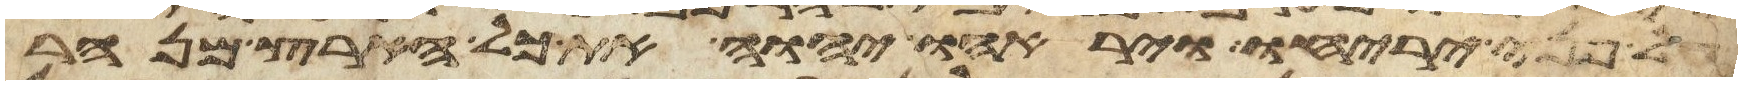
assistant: על פני יריחו ויראהו יהוה את כל הארץ מנהר